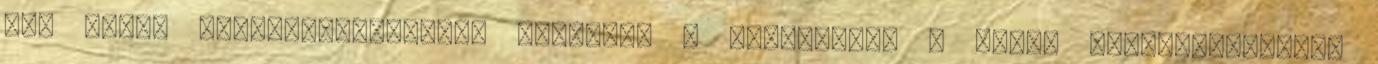
egy újabb keretdiszpozíciót ültetett a törvénybe. A norma keretjellegéből